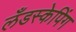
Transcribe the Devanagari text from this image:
लँडस्केपिंग